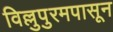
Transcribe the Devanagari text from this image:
विल्लुपुरमपासून